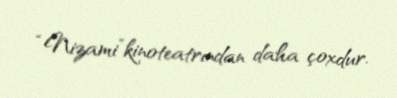
“Nizami”kinoteatrından daha çoxdur.